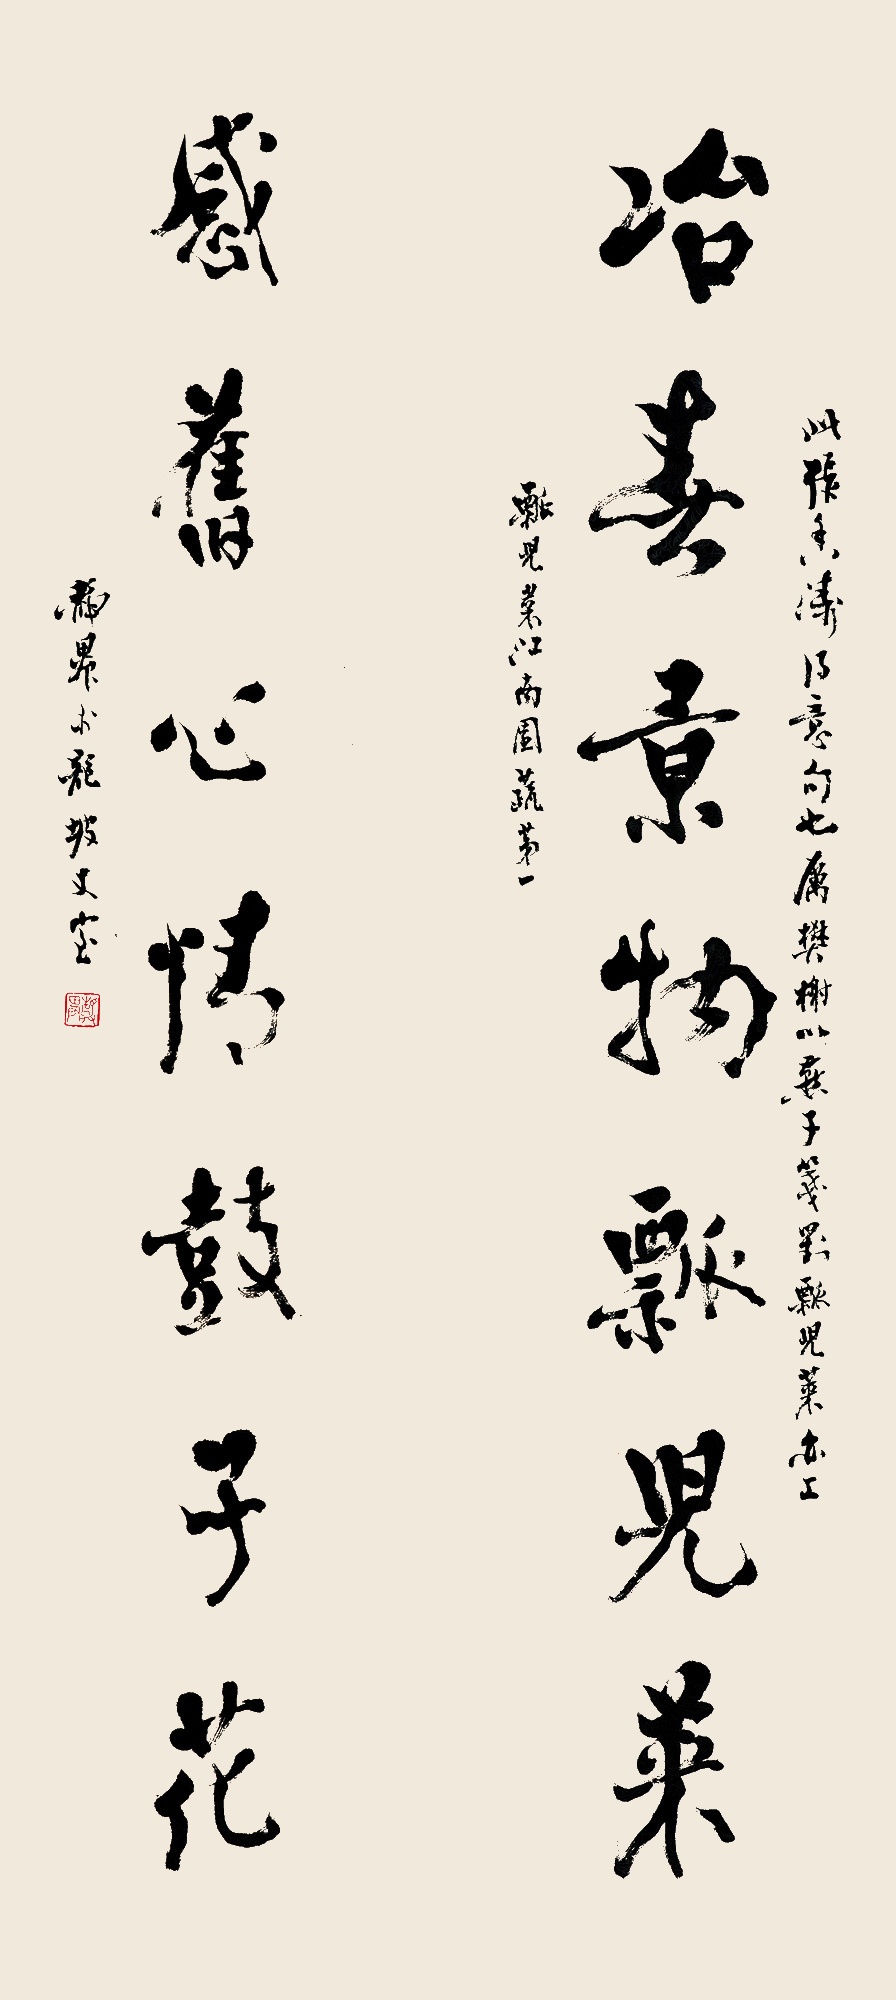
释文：冶春景物瓢儿菜，感旧心情鼓子花。此张香涛得意句也。厉樊榭以燕子笺对瓢儿菜亦工。瓢儿菜江南园蔬第一。静农于龙坡丈室。